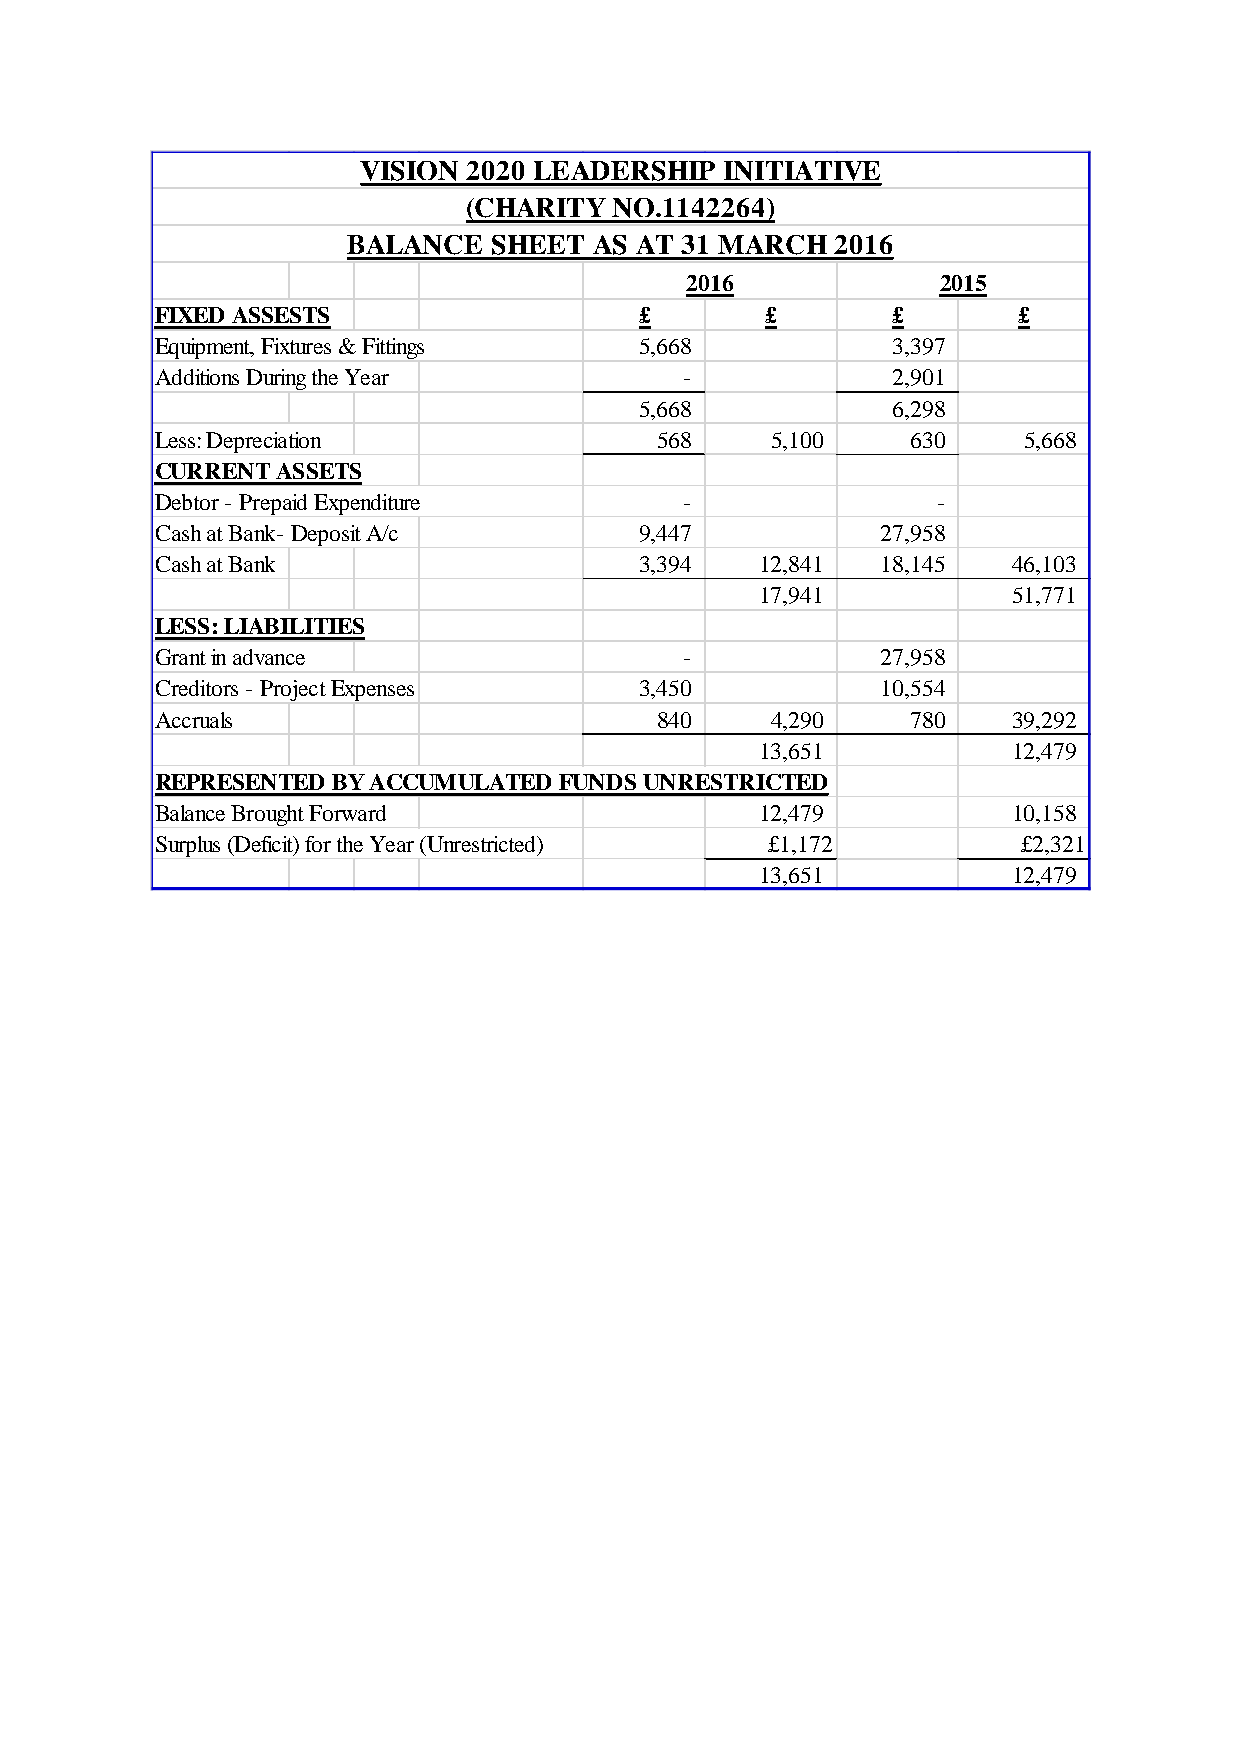
VISION 2020 LEADERSHIP  INITIATIVE
 (CHARITY  NO.1142264)
 BALANCE  SHEET  AS AT 31 MARCH  2016
 2016             2015
 FIXED ASSESTS                   £        £       £       £
 Equipment, Fixtures & Fittings  5 ,668           3 ,397
 Additions During the Year          -             2,901
 5,668            6,298
 Less: Depreciation               568     5 ,100   630     5 ,668
 CURRENT ASSETS
 Debtor - Prepaid Expenditure       -                -
 Cash at Bank- Deposit A/c       9 ,447          2 7,958
 Cash at Bank                    3,394   1 2,841 18,145   4 6,103
 1 7,941          5 1,771
 LESS: LIABILITIES
 Grant in advance                   -            27,958
 Creditors - Project Expenses    3,450           10,554
 Accruals                         840     4 ,290   780    3 9,292
 1 3,651          1 2,479
 REPRESENTED BY ACCUMULATED FUNDS UNRESTRICTED
 Balance Brought Forward                 1 2,479          1 0,158
 Surplus (Deficit) for the Year (Unrestricted) £1,172      £2,321
 1 3,651          1 2,479